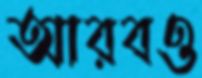
আরবও